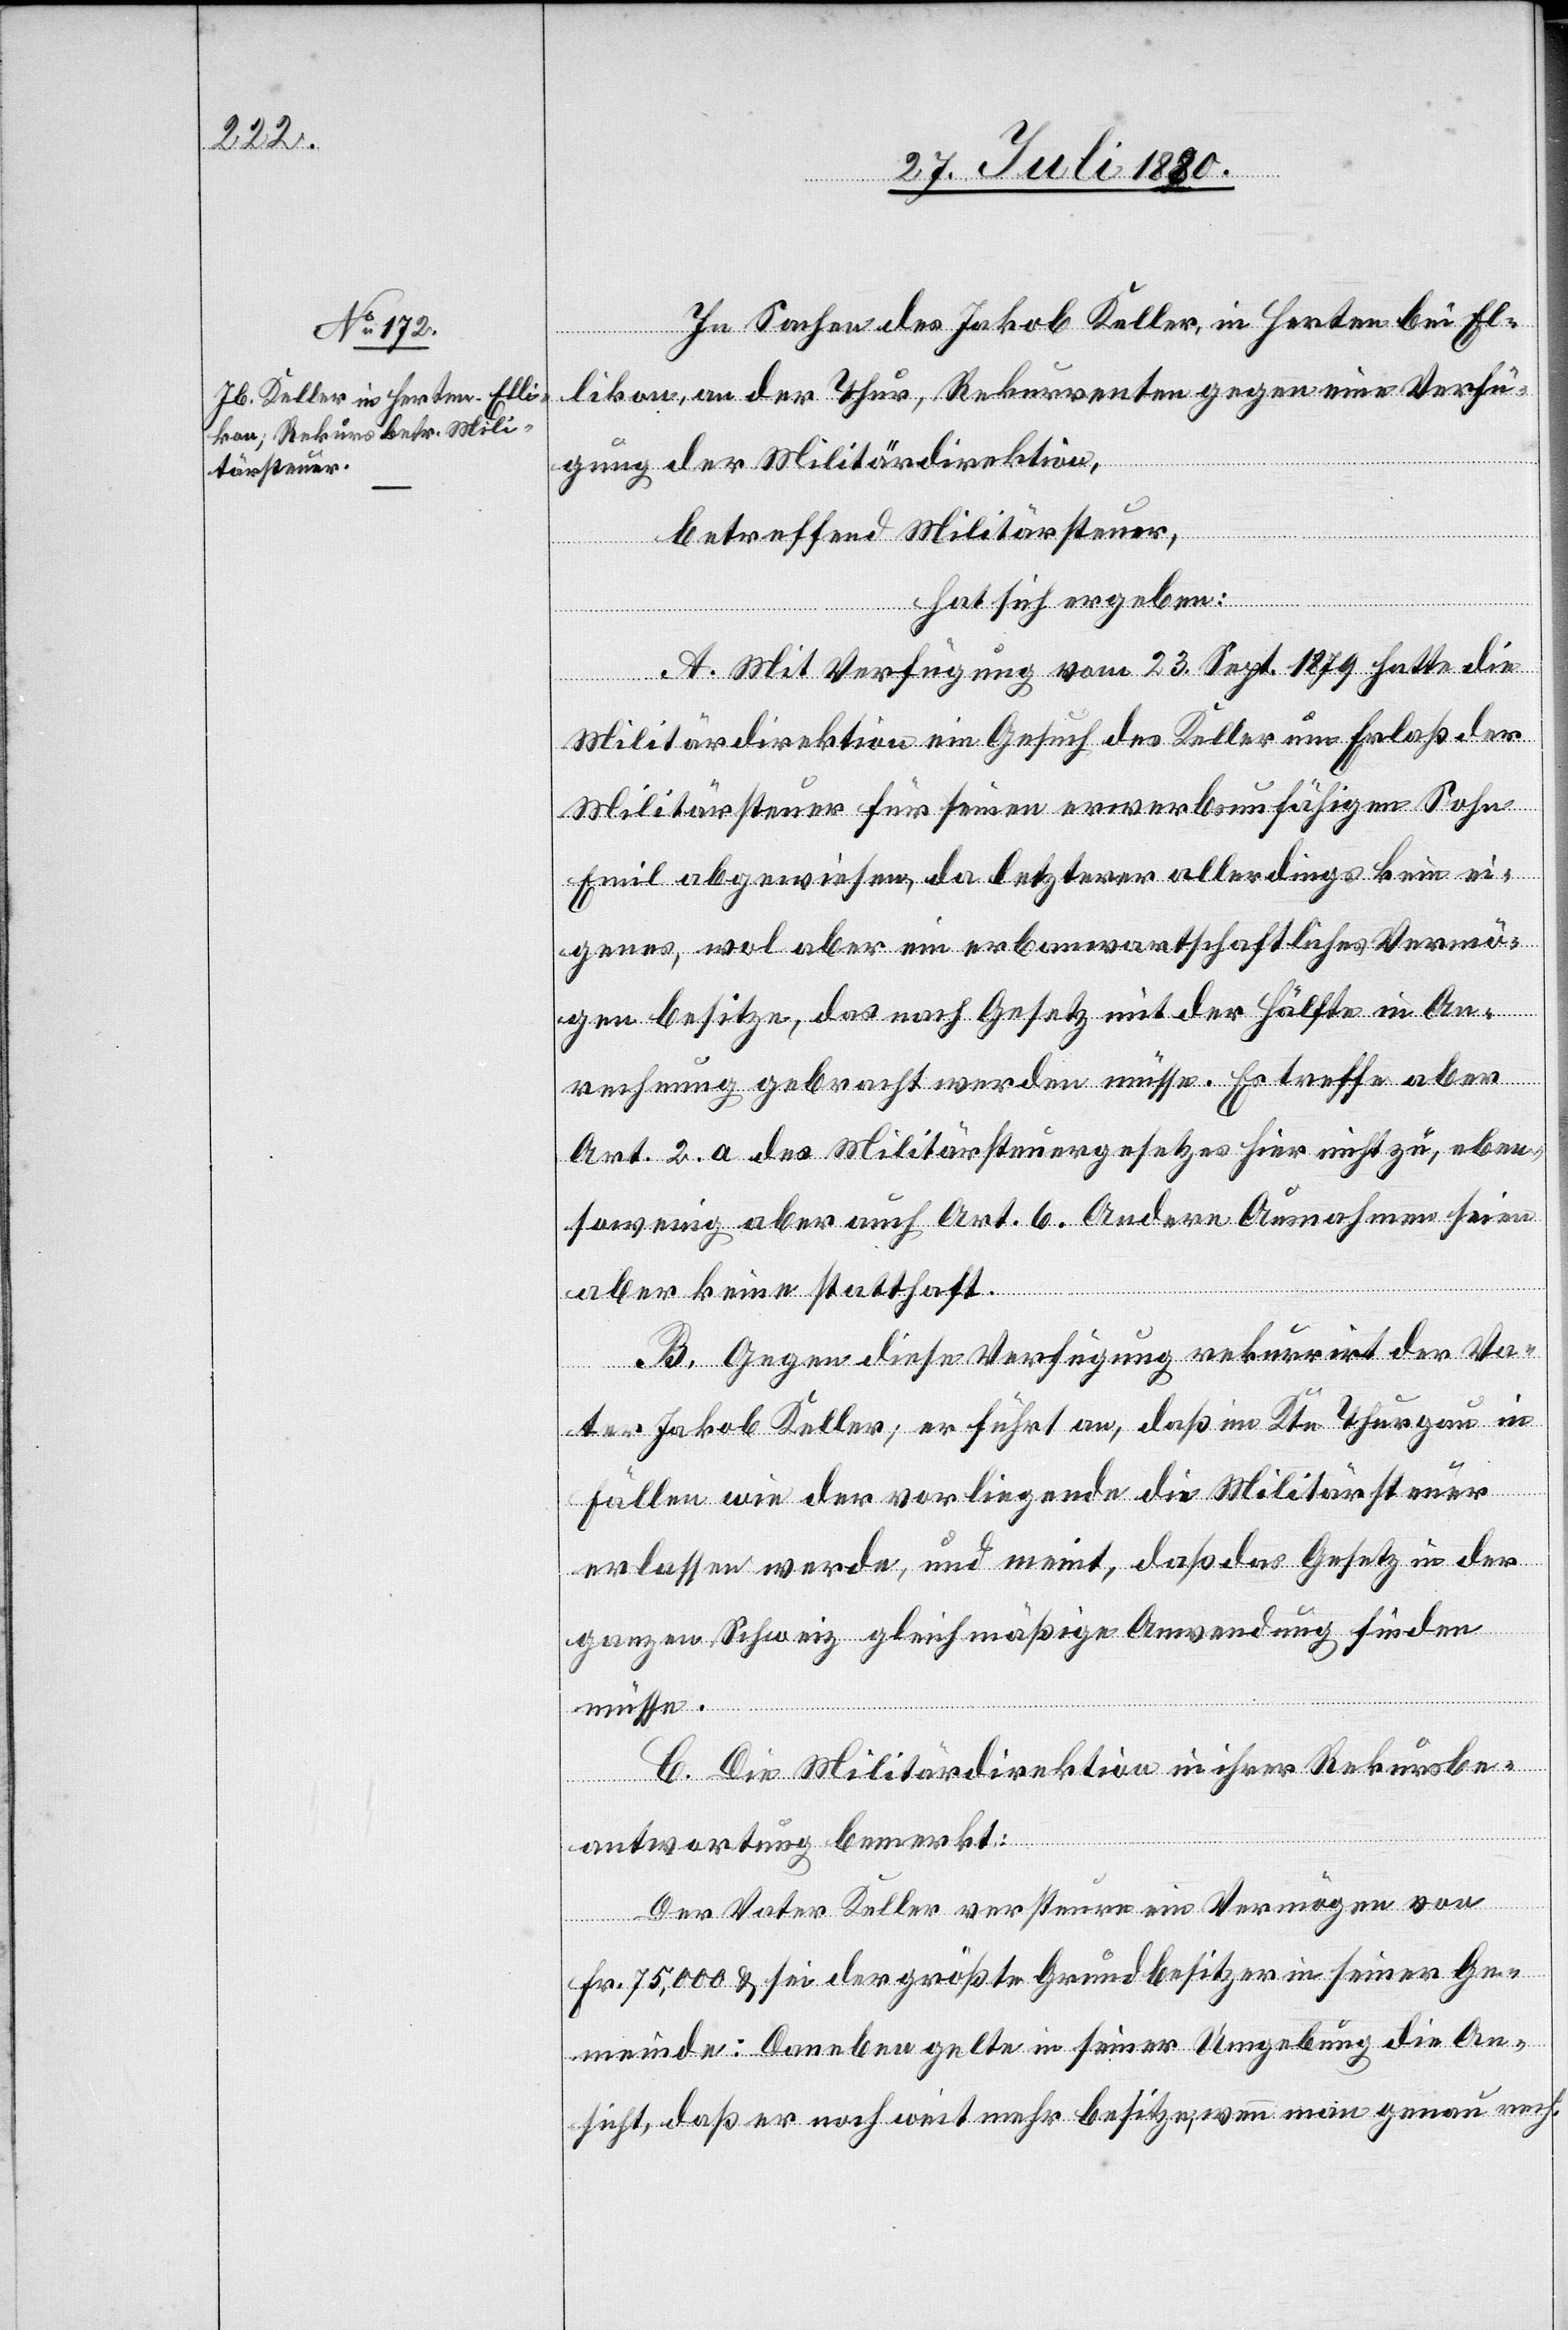
In Sachen des Jakob Keller, in Herten bei El¬
likon, an der Thur, Rekurrenten gegen eine Verfü¬
gung der Militärdirektion,
betreffend Militärsteuer,
hat sich ergeben:
A. Mit Verfügung vom 23. Sept. 1879 hatte die
Militärdirektion ein Gesuch des Keller um Erlaß der
Militärsteuer für seinen erwerbsunfähigen Sohn
Emil abgewiesen, da letzterer allerdings kein ei¬
genes, wol aber ein erbanwarthschaftliches Vermö¬
gen besitze, das nach Gesetz mit der Hälfte in An¬
rechnung gebracht werden müsse. Es treffe aber
Art. 2. a des Militärsteuergesetzes hier nicht zu, eben
sowenig aber auch Art. 6. Andere Ausnahmen seien
aber keine statthaft.
B. Gegen diese Verfügung rekurrirt der Va¬
ter Jakob Keller; er führt an, daß im Ktn Thurgau in
Fällen wie der vorliegende die Militärsteuer
erlassen werde, und meint, daß das Gesetz in der
ganzen Schweiz gleichmäßige Anwendung finden
müsse.
C. Die Militärdirektion in ihrer Rekursbe¬
antwortung bemerkt:
Der Vater Keller versteuere ein Vermögen von
Fr. 75,000 & sei der größte Grundbesitzer in seiner Ge¬
meinde: Daneben gelte in seiner Umgebung die An¬
sicht, daß er noch weit mehr besitze, wenn man genau rech-